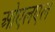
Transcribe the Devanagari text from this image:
ओएलएल